Vaccination report Assam 1874-1896 - 1874-1896
Year: 1874
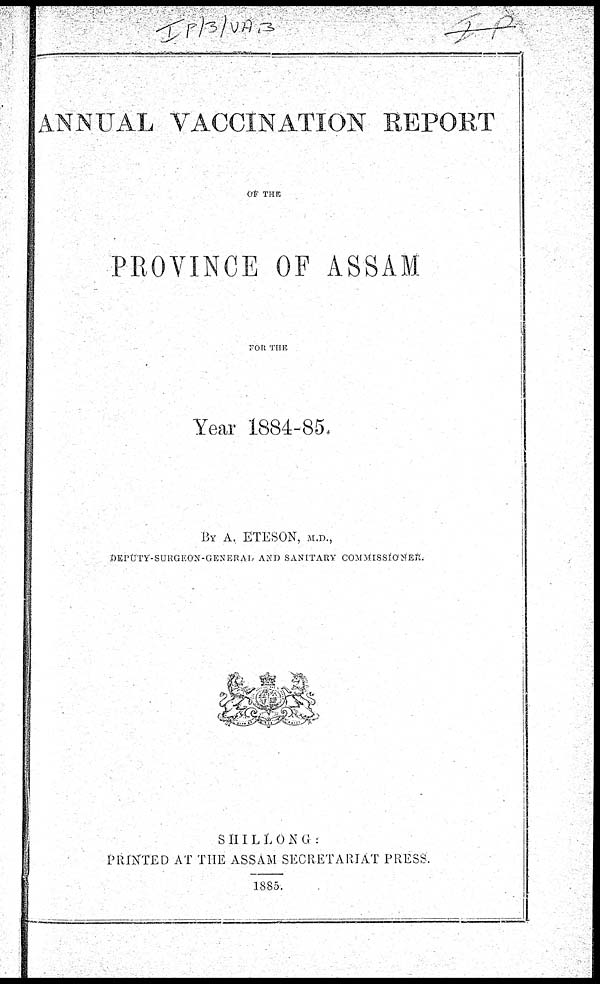
ANNUAL VACCINATION REPORT
OF THE
PROVINCE OF ASSAM
FOR THE
Year 1884-85.
BY A. ETESON, M.D.,
DEPUTY-SURGEON-GENERAL AND SANITARY COMMISSIONER.
SHILLONG:
PRINTED AT THE ASSAM SECRETARIAT PRESS.
1885.